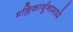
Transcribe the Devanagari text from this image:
मल्लिकार्जुनामध्ये